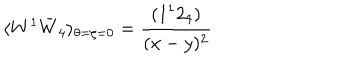
LaTeX: \langle W ^ { 1 } \bar { W } _ { 4 } \rangle _ { \theta = \zeta = 0 } = \frac { ( 1 ^ { 1 } 2 _ { 4 } ) } { ( x - y ) ^ { 2 } }